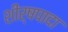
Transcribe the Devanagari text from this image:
शीर्षपादा